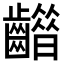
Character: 𪙮